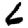
Digit: 6